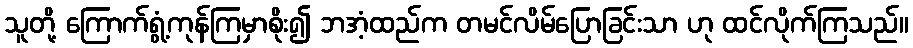
သူတို့ ကြောက်ရွံ့ကုန်ကြမှာစိုး၍ ဘအံ့ထည်က တမင်လိမ်ပြောခြင်းသာ ဟု ထင်လိုက်ကြသည်။